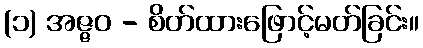
(၁) အဇ္ဇဝ - စိတ်ထားဖြောင့်မတ်ခြင်း။